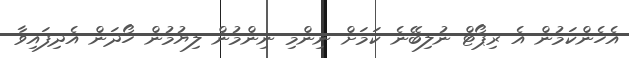
އެހެންކަމުން އެ ރިޕޯޓް ނުލިބޭނެ ކަމަށް ނިންމި ނިންމުން ލިޔުމުން ހޯދަން އެދިފައިވާ